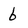
Character: 6